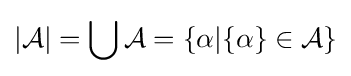
|{\mathcal {A}}|=\bigcup {\mathcal {A}}=\{\alpha |\{\alpha \}\in {\mathcal {A}}\}